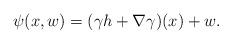
LaTeX: \begin{align*} \psi(x,w)=(\gamma h+\nabla\gamma)(x)+w.\end{align*}